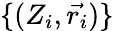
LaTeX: \{ (Z_{i},\vec{r_{i}})\}